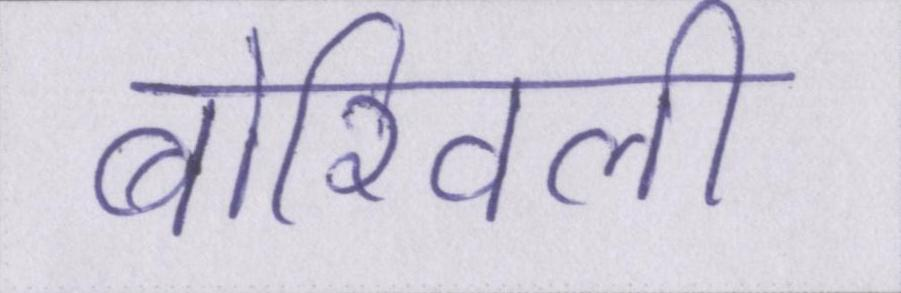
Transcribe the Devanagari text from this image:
बोरिवली